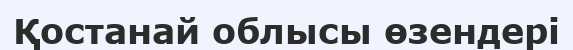
Қостанай облысы өзендері